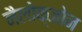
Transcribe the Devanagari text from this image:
नैलोक्जोन